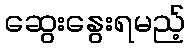
ဆွေးနွေးရမည့်